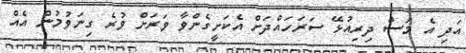
އަދި އެ މަސް ދިރިއުޅޭ ސަރަހައްދަށް އެކަށީގެންވާ ވަރަށް ވުރެ ގިނަވުމުން އެއް